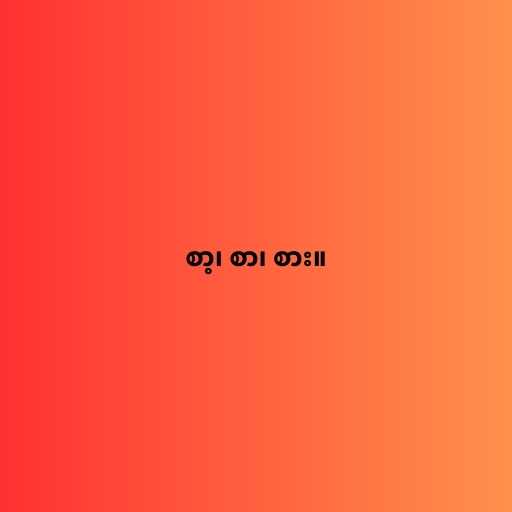
စာ့၊ စာ၊ စား။